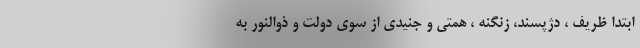
ابتدا ظریف ، دژپسند، زنگنه ، همتی و جنیدی از سوی دولت و ذوالنور به